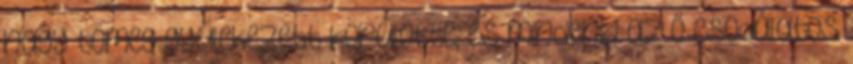
nagy tömeg gyülekezett körülötte, és mindenki az ő csodálatos